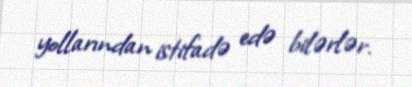
yollarından istifadə edə bilərlər.